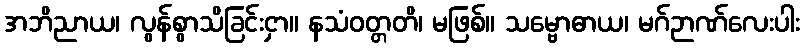
အဘိညာယ၊ လွန်စွာသိခြင်းငှာ။ နသံဝတ္တတိ၊ မဖြစ်။ သမ္ဗောဓာယ၊ မဂ်ဉာဏ်လေးပါး